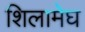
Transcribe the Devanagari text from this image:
शिलामेघ